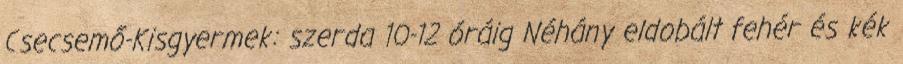
Csecsemő-Kisgyermek: szerda 10-12 óráig Néhány eldobált fehér és kék